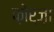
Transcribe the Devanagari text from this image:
फ़ोर्ज़ा